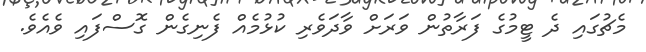
މެޗުގައި ދެ ޓީމުގެ ފަރާތުން ވަރަށް ވާދަވެރި ކުޅުމެއް ފެނިގެން ގޮސްފައި ވެއެވެ.